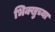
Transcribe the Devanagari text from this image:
भिक्खुच्या